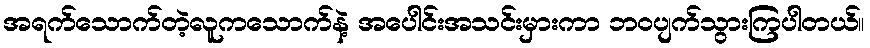
အရက်သောက်တဲ့လူကသောက်နဲ့ အပေါင်းအသင်းမှားကာ ဘဝပျက်သွားကြပါတယ်။